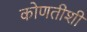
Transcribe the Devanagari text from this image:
कोणतीशी